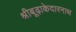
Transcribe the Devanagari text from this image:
श्रीबूढ़ाकेदारनाथ